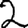
Digit: 2